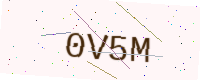
Text: 0V5M